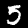
Label: 5